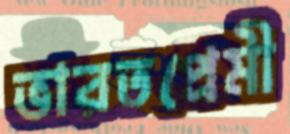
ভারতপ্রেমী